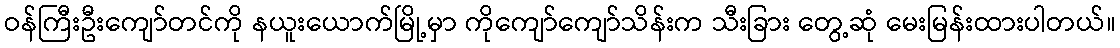
ဝန်ကြီးဦးကျော်တင်ကို နယူးယောက်မြို့မှာ ကိုကျော်ကျော်သိန်းက သီးခြား တွေ့ဆုံ မေးမြန်းထားပါတယ်။